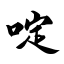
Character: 啶